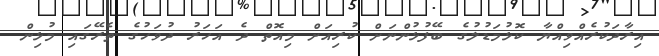
އިރާދަކުރެއްވިއްޔާ ކޮޅުމަޑުލުގެ ބޭފުޅުންނަށް ކުރިއަށް މިއޮތް ދެ އަހަރު ދުވަހުގެ ތެރޭގައި މުޅިން